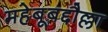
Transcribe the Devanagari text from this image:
महेबूबद्दौल्ला